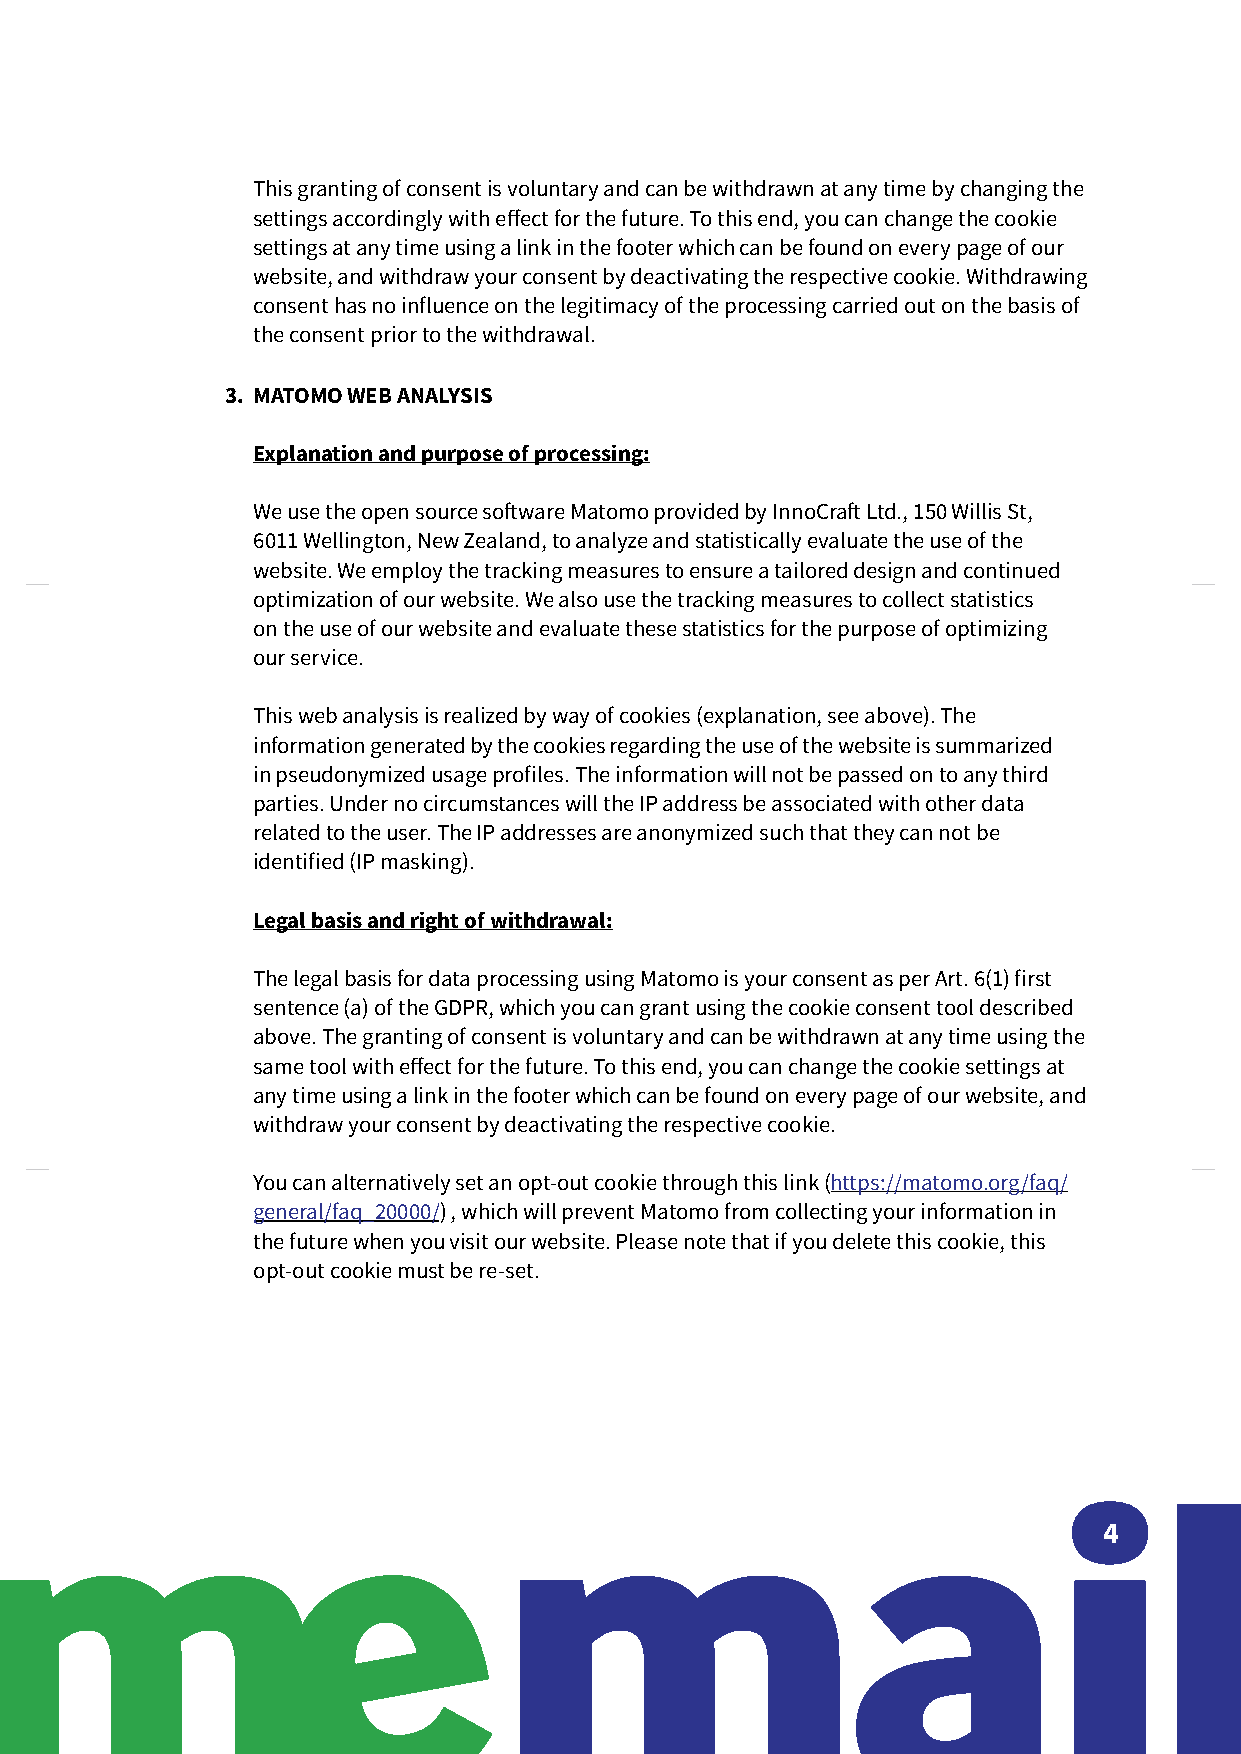
This granting of consent is voluntary and can be withdrawn at any time by changing the
 settings accordingly with effect for the future. To this end, you can change the cookie
 settings at any time using a link in the footer which can be found on every page of our
 website, and withdraw your consent by deactivating the respective cookie. Withdrawing
 consent has no influence on the legitimacy of the processing carried out on the basis of
 the consent prior to the withdrawal.
 3. MATOMO WEB ANALYSIS
 Explanation and purpose of processing:
 We use the open source software Matomo provided by InnoCraft Ltd., 150 Willis St,
 6011 Wellington, New Zealand, to analyze and statistically evaluate the use of the
 website. We employ the tracking measures to ensure a tailored design and continued
 optimization of our website. We also use the tracking measures to collect statistics
 on the use of our website and evaluate these statistics for the purpose of optimizing
 our service.
 This web analysis is realized by way of cookies (explanation, see above). The
 information generated by the cookies regarding the use of the website is summarized
 in pseudonymized usage profiles. The information will not be passed on to any third
 parties. Under no circumstances will the IP address be associated with other data
 related to the user. The IP addresses are anonymized such that they can not be
 identified (IP masking).
 Legal basis and right of withdrawal:
 The legal basis for data processing using Matomo is your consent as per Art. 6(1) first
 sentence (a) of the GDPR, which you can grant using the cookie consent tool described
 above. The granting of consent is voluntary and can be withdrawn at any time using the
 same tool with effect for the future. To this end, you can change the cookie settings at
 any time using a link in the footer which can be found on every page of our website, and
 withdraw your consent by deactivating the respective cookie.
 You can alternatively set an opt-out cookie through this link (https://matomo.org/faq/
 general/faq_20000/) , which will prevent Matomo from collecting your information in
 the future when you visit our website. Please note that if you delete this cookie, this
 opt-out cookie must be re-set.
 4